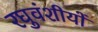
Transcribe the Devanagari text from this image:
रघुवंशीयों